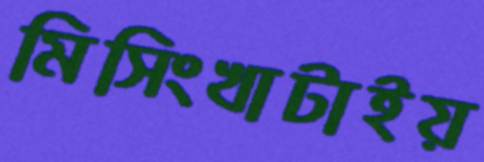
মিসিংখাটাইয়